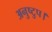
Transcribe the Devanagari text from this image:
अनुष्टुप।